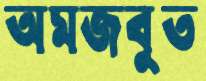
অমজবুত